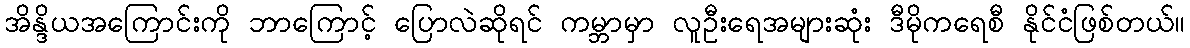
အိန္ဒိယအကြောင်းကို ဘာကြောင့် ပြောလဲဆိုရင် ကမ္ဘာမှာ လူဦးရေအများဆုံး ဒီမိုကရေစီ နိုင်ငံဖြစ်တယ်။